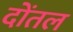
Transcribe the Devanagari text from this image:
दोंतल